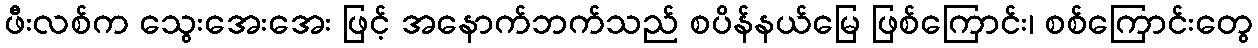
ဖီးလစ်က သွေးအေးအေး ဖြင့် အနောက်ဘက်သည် စပိန်နယ်မြေ ဖြစ်ကြောင်း၊ စစ်ကြောင်းတွေ